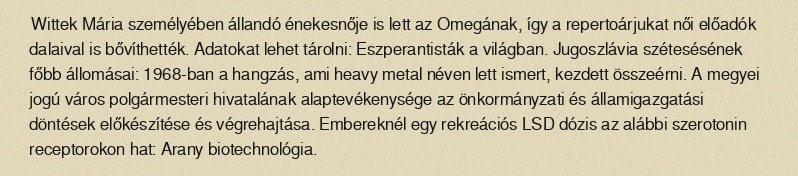
Wittek Mária személyében állandó énekesnője is lett az Omegának, így a repertoárjukat női előadók dalaival is bővíthették. Adatokat lehet tárolni: Eszperantisták a világban. Jugoszlávia szétesésének főbb állomásai: 1968-ban a hangzás, ami heavy metal néven lett ismert, kezdett összeérni. A megyei jogú város polgármesteri hivatalának alaptevékenysége az önkormányzati és államigazgatási döntések előkészítése és végrehajtása. Embereknél egy rekreációs LSD dózis az alábbi szerotonin receptorokon hat: Arany biotechnológia.